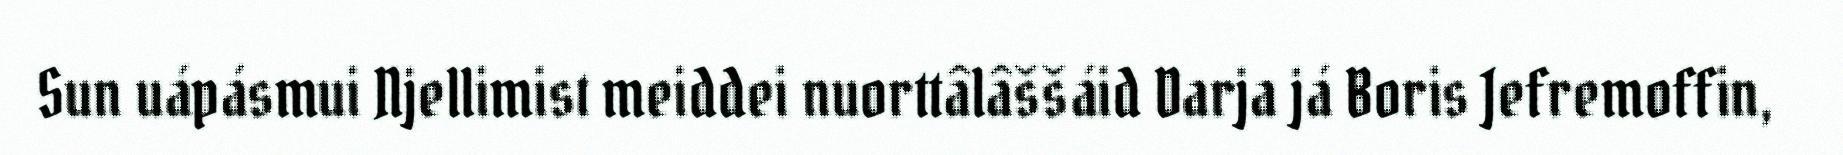
Sun uápásmui Njellimist meiddei nuorttâlâššáid Darja já Boris Jefremoffin,